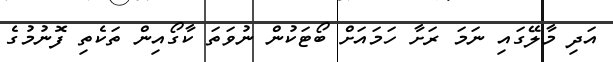
އަދި މާލޭގައި ނަމަ ރަށާ ހަމައަށް ބޯޓަކުން ނުވަތަ ކާގޯއިން ތަކެތި ފޮނުމުގެ